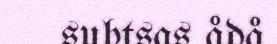
subtsas ådå